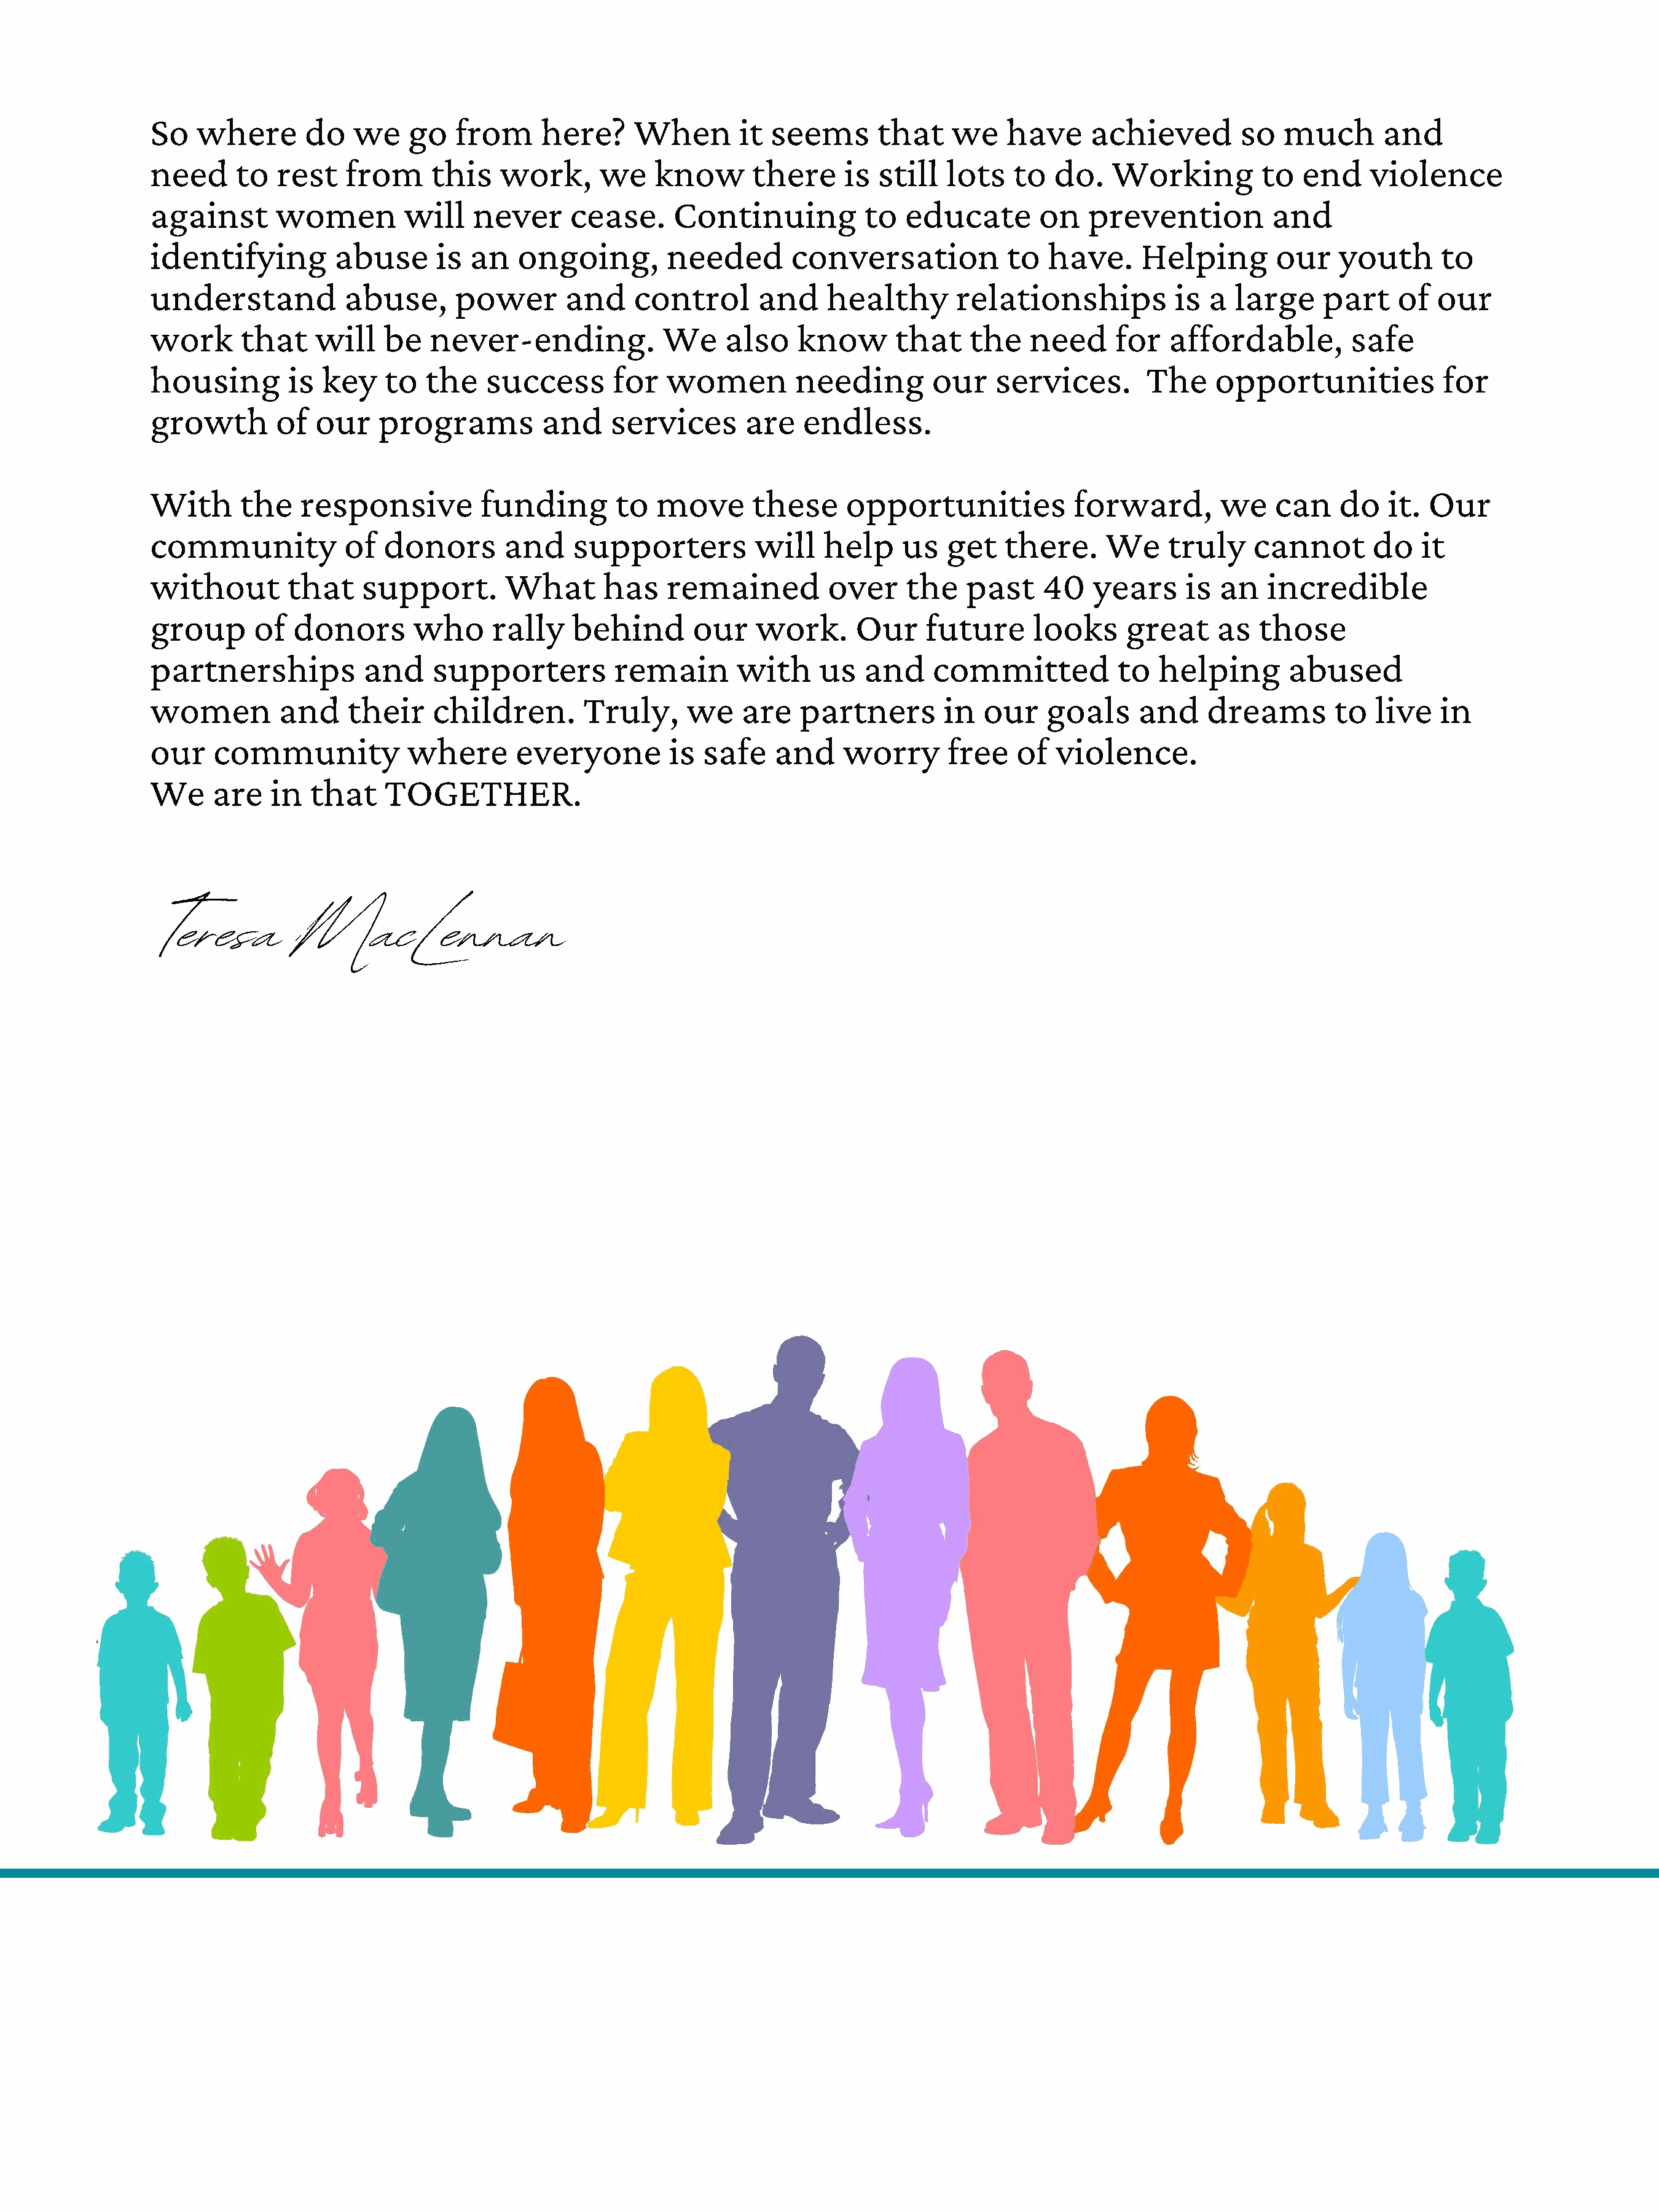
So   where       do   we    go   from     here?     When        it seems       that    we   have     achieved         so  much       and
 need     to   rest   from     this    work,      we   know       there     is  still  lots   to   do.   Working         to  end     violence
 against       women         will   never     cease.      Continuing          to   educate       on   prevention          and
 identifying         abuse      is  an   ongoing,        needed       conversation           to   have.     Helping       our    youth      to
 understand           abuse,      power       and    control       and    healthy       relationships           is a  large     part    of  our
 work      that    will   be   never-ending.            We     also    know      that    the    need     for   affordable,         safe
 housing        is  key   to   the   success       for   women         needing       our    services.        The    opportunities           for
 growth        of  our    programs         and     services      are    endless.
 With      the   responsive          funding       to   move      these     opportunities            forward,       we    can    do    it. Our
 community            of  donors       and     supporters         will    help    us   get   there.     We     truly    cannot       do   it
 without        that    support.       What       has    remained         over     the   past    40    years     is an    incredible
 group      of   donors       who     rally    behind       our   work.      Our     future     looks     great     as   those
 partnerships           and     supporters         remain       with     us   and    committed           to   helping       abused
 women         and    their     children.       Truly,     we    are   partners        in  our    goals     and    dreams        to  live   in
 our    community            where       everyone        is  safe   and     worry      free   of   violence.
 We     are   in  that    TOGETHER.
 Teresa        MacLennan